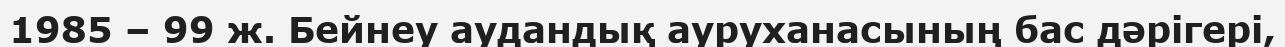
1985 – 99 ж. Бейнеу аудандық ауруханасының бас дәрігері,